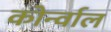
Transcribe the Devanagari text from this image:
कोर्न्वाल